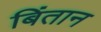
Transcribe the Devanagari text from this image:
बिंतान